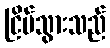
ငြိမ်သွားသည်